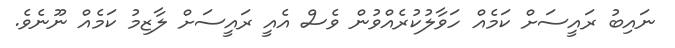
ނައިބު ރައީސަށް ކަމެއް ހަވާލުކުރެއްވުން ވެސް އެއީ ރައީސަށް ލާޒިމު ކަމެއް ނޫނެވެ.